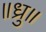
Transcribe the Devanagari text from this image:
॥ध्रु॥